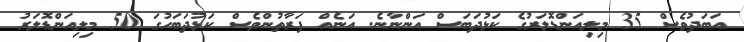
އަބަދުވެސް 35 މިލިއަންޑޮލަރުގެ ކަޅުދަބަސް އަންނާނެ. އަނެއް ފަރާތުންވެސް ކަޅުދަބަހުގަ 50 މިލިއަންޑޮލަރު